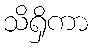
သိရှိကာ